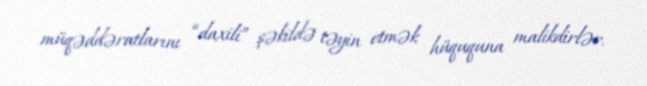
müqəddəratlarını “daxili” şəkildə təyin etmək hüququna malikdirlər.